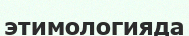
этимологияда